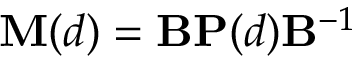
\mathbf { M } ( d ) = \mathbf { B } \mathbf { P } ( d ) \mathbf { B } ^ { - 1 }